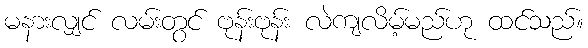
မနားလျှင် လမ်းတွင် ဗုန်းဗုန်း လဲကျလိမ့်မည်ဟု ထင်သည်။